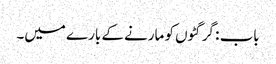
باب : گرگٹوں کو مارنے کے بارے میں۔